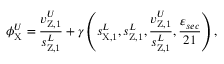
\phi _ { \mathrm { X } } ^ { U } = \frac { v _ { \mathrm { Z , 1 } } ^ { U } } { s _ { \mathrm { Z , 1 } } ^ { L } } + \gamma \left( s _ { \mathrm { X , 1 } } ^ { L } , s _ { \mathrm { Z , 1 } } ^ { L } , \frac { v _ { \mathrm { Z , 1 } } ^ { U } } { s _ { \mathrm { Z , 1 } } ^ { L } } , \frac { \varepsilon _ { s e c } } { 2 1 } \right) ,